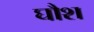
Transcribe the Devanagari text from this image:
घौश